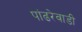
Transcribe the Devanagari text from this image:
पांढरेवाडी